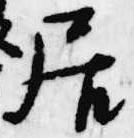
居